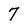
Character: 7